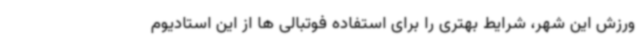
ورزش این شهر، شرایط بهتری را برای استفاده فوتبالی ها از این استادیوم